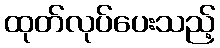
ထုတ်လုပ်ပေးသည့်